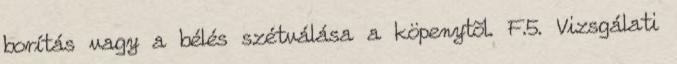
borítás vagy a bélés szétválása a köpenytõl. F.5. Vizsgálati